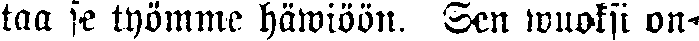
taa se työmme häwiöön. Sen wuoksi on-